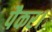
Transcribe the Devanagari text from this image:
पैकर।